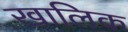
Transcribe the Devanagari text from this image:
खालिक